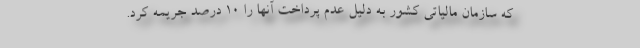
که سازمان مالیاتی کشور به دلیل عدم پرداخت آنها را ۱۰ درصد جریمه کرد.